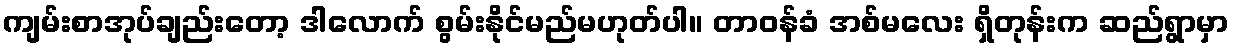
ကျမ်းစာအုပ်ချည်းတော့ ဒါလောက် စွမ်းနိုင်မည်မဟုတ်ပါ။ တာဝန်ခံ အစ်မလေး ရှိတုန်းက ဆည်ရွာမှာ